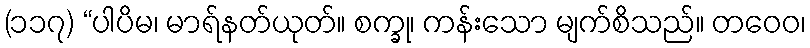
(၁၁၇) “ပါပိမ၊ မာရ်နတ်ယုတ်။ စက္ခု၊ ကန်းသော မျက်စိသည်။ တဝေဝ၊